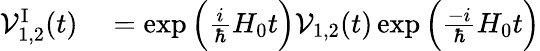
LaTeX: \begin{array}{rl}{{\cal V}_{1,2}^{\mathrm{I}}(t)}&{{}=\exp\Big(\frac{i}{\hbar}H_{0}t\Big){\cal V}_{1,2}(t)\exp\Big(\frac{-i}{\hbar}H_{0}t\Big)}\end{array}